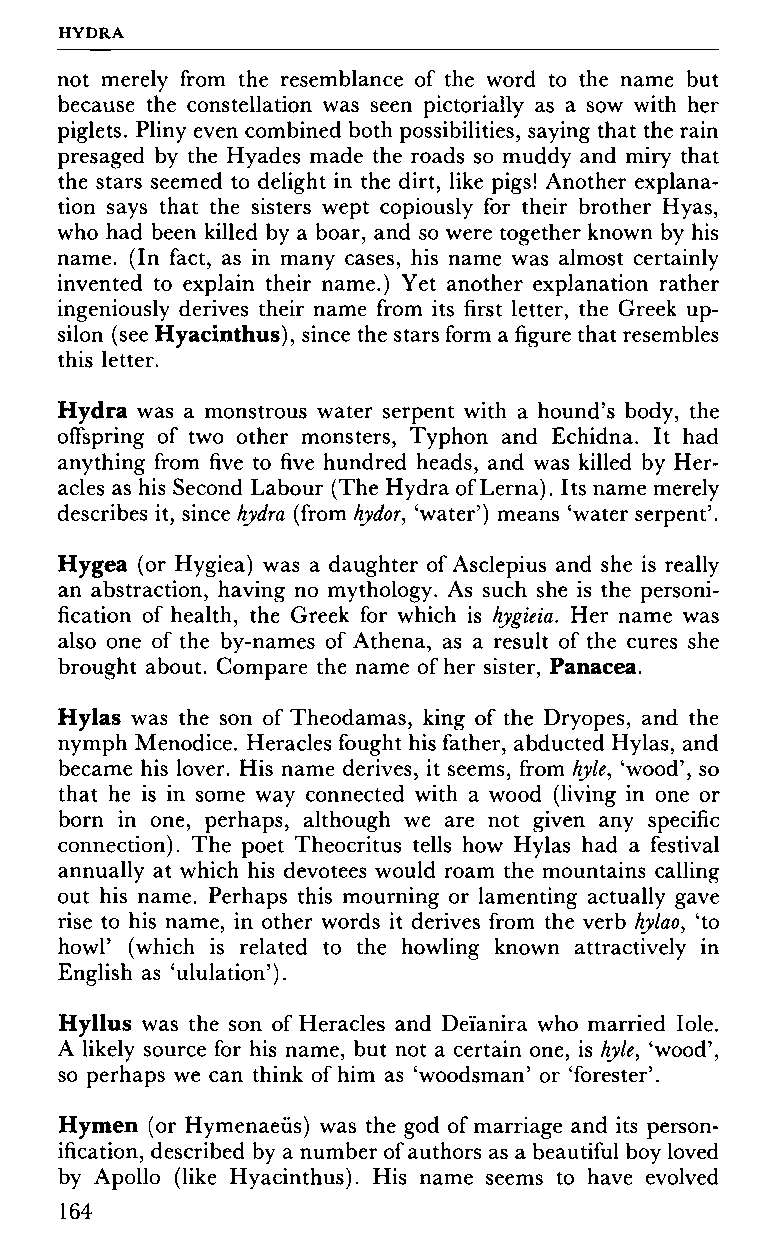
HYDRA
 not merely from the resemblance of the word to the name but
 because the constellation was seen pictorially as a sow with her
 piglets. Pliny even combined both possibilities, saying that the rain
 presaged by the Hyades made the roads so muddy and miry that
 the stars seemed to delight in the dirt, like pigs! Another explana
 tion says that the sisters wept copiously for their brother Hyas,
 who had been killed by a boar, and so were together known by his
 name. (In fact, as in many cases, his name was almost certainly
 invented to explain their name.) Yet another explanation rather
 ingeniously derives their name from its first letter, the Greek up
 silon (see Hyacinthus), since the stars form a figure that resembles
 this letter.
 Hydra was a monstrous water serpent with a hound's body, the
 offspring of two other monsters, Typhon and Echidna. It had
 anything from five to five hundred heads, and was killed by Her
 acles as his Second Labour (The Hydra of Lerna). Its name merely
 describes it, since hydra (from hydor, 'water') means 'water serpent'.
 Hygea (or Hygiea) was a daughter of Asclepius and she is really
 an abstraction, having no mythology. As such she is the personi
 fication of health, the Greek for which is hygieia. Her name was
 also one of the by-names of Athena, as a result of the cures she
 brought about. Compare the name of her sister, Panacea.
 Hylas was the son of Theodamas, king of the Dryopes, and the
 nymph Menodice. Heracles fought his father, abducted Hylas, and
 became his lover. His name derives, it seems, from hyle, 'wood', so
 that he is in some way connected with a wood (living in one or
 born in one, perhaps, although we are not given any specific
 connection). The poet Theocritus tells how Hylas had a festival
 annually at which his devotees would roam the mountains calling
 out his name. Perhaps this mourning or lamenting actually gave
 rise to his name, in other words it derives from the verb hylao, 'to
 howl' (which is related to the howling known attractively in
 English as 'ululation').
 Hyllus was the son of Heracles and Deïanira who married Iole.
 A likely source for his name, but not a certain one, is hyle, 'wood',
 so perhaps we can think of him as 'woodsman' or 'forester'.
 Hymen (or Hymenaeüs) was the god of marriage and its person
 ification, described by a number of authors as a beautiful boy loved
 by Apollo (like Hyacinthus). His name seems to have evolved
 164